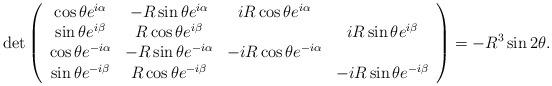
LaTeX: \begin{align*}\det\left(\begin{array}{cccc}\cos\theta e^{i\alpha}&-R\sin\theta e^{i\alpha}&iR\cos\theta e^{i\alpha}&\\\sin\theta e^{i\beta}&R\cos\theta e^{i\beta}&&iR\sin\theta e^{i\beta}\\\cos\theta e^{-i\alpha}&-R\sin\theta e^{-i\alpha}&-iR\cos\theta e^{-i\alpha}&\\\sin\theta e^{-i\beta}&R\cos\theta e^{-i\beta}&&-iR\sin\theta e^{-i\beta}\end{array}\right)=-R^3\sin2\theta.\end{align*}